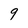
Character: 9